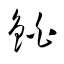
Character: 鉑